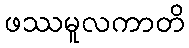
ဖဿမူလကာတိ